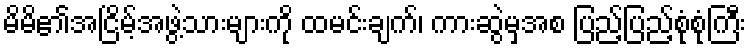
မိမိ၏အငြိမ့်အဖွဲ့သားများကို ထမင်းချက်၊ ကားဆွဲမှအစ ပြည့်ပြည့်စုံစုံကြီး